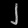
Digit: ၂